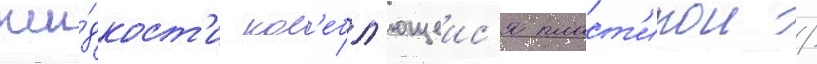
жи́дкост'и кол'ебл'ющеис'я пласт'инои /